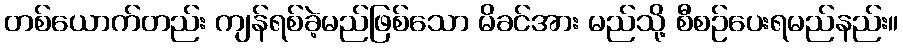
တစ်ယောက်တည်း ကျန်ရစ်ခဲ့မည်ဖြစ်သော မိခင်အား မည်သို့ စီစဉ်ပေးရမည်နည်း။